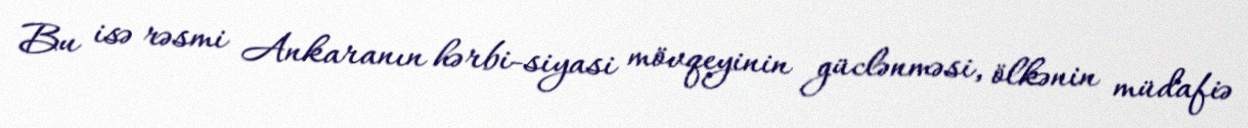
Bu isə rəsmi Ankaranın hərbi-siyasi mövqeyinin güclənməsi, ölkənin müdafiə